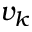
v _ { k }